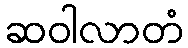
ဆဝါလာတံ